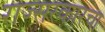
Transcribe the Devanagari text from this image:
राज्सरकारचा